Report of the Indian Hemp Drugs Commission, 1894-1895 - Volume VI
Year: 1894
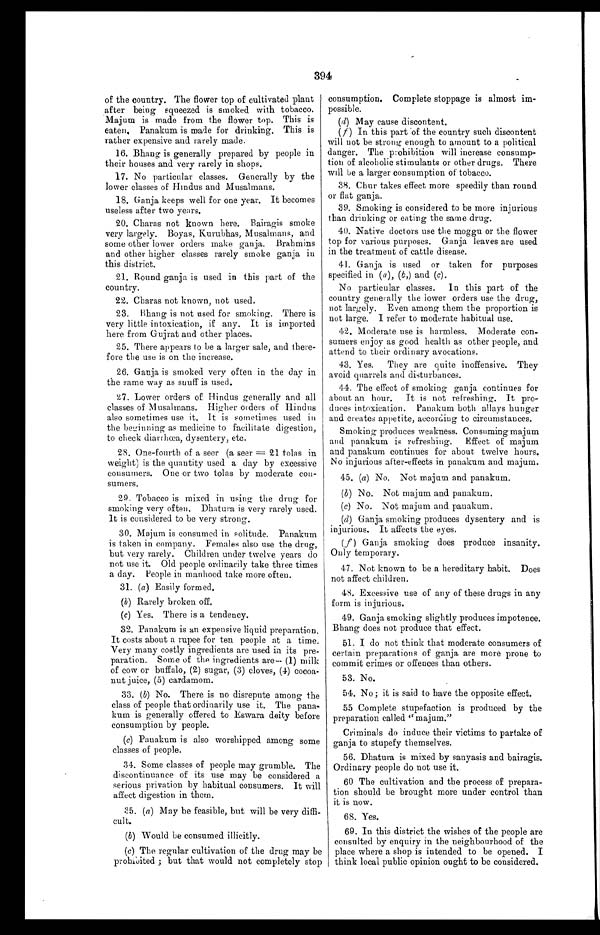
394
of the country. The flower top of cultivated plant
after being squeezed is smoked with tobacco.
Majum is made from the flower top. This is
eaten. Panakum is made for drinking. This is
rather expensive and rarely made.
16. Bhang is generally prepared by people in
their houses and very rarely in shops.
17. No particular classes. Generally by the
lower classes of Hindus and Musalmans.
18. Ganja keeps well for one year. It becomes
useless after two years.
20. Charas not known here. Bairagis smoke
very largely. Boyas, Kurubhas, Musalmans, and
some other lower orders make ganja. Brahmins
and other higher classes rarely smoke ganja in
this district.
21. Round ganja is used in this part of the
country.
22. Charas not known, not used.
23. Bhang is not used for smoking. There is
very little intoxication, if any. It is imported
here from Gujrat and other places.
25. There appears to be a larger sale, and there-
fore the use is on the increase.
26. Ganja is smoked very often in the day in
the same way as snuff is used.
27. Lower orders of Hindus generally and all
classes of Musalmans. Higher orders of Hindus
also sometimes use it. It is sometimes used in
the beginning as medicine to facilitate digestion,
to check diarrhœa, dysentery, etc.
28. One-fourth of a seer (a seer = 21 tolas in
weight) is the quantity used a day by excessive
consumers. One or two tolas by moderate con-
sumers.
29. Tobacco is mixed in using the drug for
smoking very often. Dhatura is very rarely used.
It is considered to be very strong.
30. Majum is consumed in solitude. Panakum
is taken in company. Females also use the drug,
but very rarely. Children under twelve years do
not use it. Old people ordinarily take three times
a day. People in manhood take more often.
31. ( a ) Easily formed.
(b) Rarely broken off.
(c) Yes. There is a tendency.
32. Panakum is an expensive liquid preparation.
It costs about a rupee for ten people at a time.
Very many costly ingredients are used in its pre-
paration. Some of the ingredients are—(1) milk
of cow or buffalo, (2) sugar, (3) cloves, (4) cocoa-
nut juice, (5) cardamom.
33. ( b) No. There is no disrepute among the
class of people that ordinarily use it. The pana-
kum is generally offered to Eswara deity before
consumption by people.
( c) Panakum is also worshipped among some
classes of people.
34. Some classes of people may grumble. The
discontinuance of its use may be considered a
serious privation by habitual consumers. It will
affect digestion in them.
35. (a) May be feasible, but will be very diffi-
cult.
(b ) Would be consumed illicitly.
(c) The regular cultivation of the drug may be
prohibited ; but that would not completely stop
consumption. Complete stoppage is almost im-
possible.
( d) May cause discontent.
( f ) In this part of the country such discontent
will not be strong enough to amount to a political
danger. The prohibition will increase consump-
tion of alcoholic stimulants or other drugs. There
will be a larger consumption of tobacco.
38. Chur takes effect more speedily than round
or flat ganja.
39. Smoking is considered to be more injurious
than drinking or eating the same drug.
40. Native doctors use the moggu or the flower
top for various purposes. Ganja leaves are used
in the treatment of cattle disease.
41. Ganja is used or taken for purposes
specified in (a), ( b ,) and (c).
No particular classes. In this part of the
country generally the lower orders use the drug,
not largely. Even among them the proportion is
not large. I refer to moderate habitual use.
42. Moderate use is harmless. Moderate con-
sumers enjoy as good health as other people, and
attend to their ordinary avocations.
43. Yes. They are quite inoffensive. They
avoid quarrels and disturbances.
44. The effect of smoking ganja continues for
about an hour. It is not refreshing. It pro-
duces intoxication. Panakum both allays hunger
and creates appetite, according to circumstances.
Smoking produces weakness. Consuming majum
and panakum is refreshing. Effect of majum
and panakum continues for about twelve hours.
No injurious after-effects in panakum and majum.
45. (a) No. Not majum and panakum.
(b) No. Not majum and panakum.
(c) No. Not majum and panakum.
(d) Ganja smoking produces dysentery and is
injurious. It affects the eyes.
( f ) Ganja smoking does produce insanity.
Only temporary.
47. Not known to be a hereditary habit. Does
not affect children.
48. Excessive use of any of these drugs in any
form is injurious.
49.
Ganja smoking slightly produces impotence.
Bhang does not produce that effect.
51. I do not think that moderate consumers of
certain preparations of ganja are more prone to
commit crimes or offences than others.
53. No.
54.
No; it is said to have the opposite effect.
55 Complete stupefaction is produced by the
preparation called "majum."
Criminals do induce their victims to partake of
ganja to stupefy themselves.
56. Dhatura is mixed by sanyasis and bairagis.
Ordinary people do not use it.
60 The cultivation and the process of prepara-
tion should be brought more under control than
it is now.
68. Yes.
69. In this district the wishes of the people are
consulted by enquiry in the neighbourhood of the
place where a shop is intended to be opened. I
think local public opinion ought to be considered.